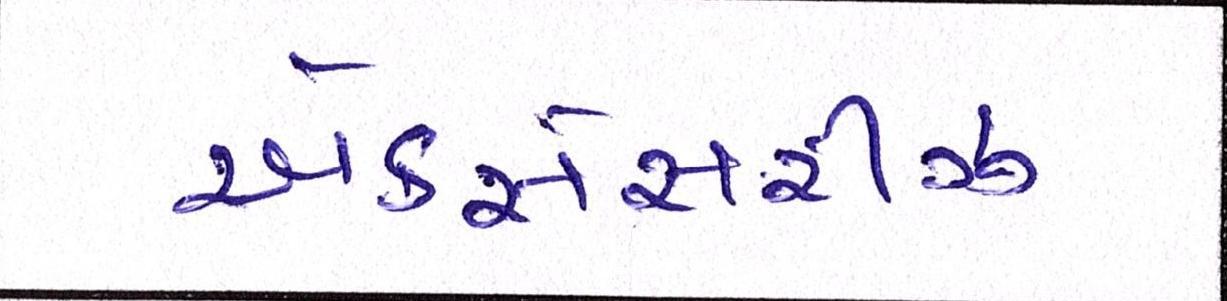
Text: એકસેસરીઝ